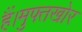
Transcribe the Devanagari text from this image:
हैं।मुफ्तखोर